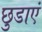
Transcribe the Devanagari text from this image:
छुडाएं